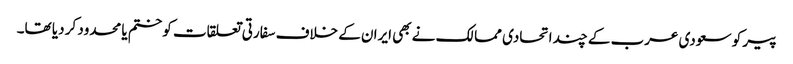
پیر کو سعودی عرب کے چند اتحادی ممالک نے بھی ایران کے خلاف سفارتی تعلقات کو ختم یا محدود کر دیا تھا۔